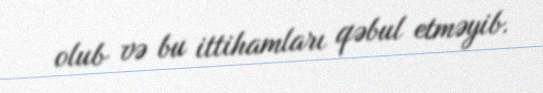
olub və bu ittihamları qəbul etməyib.